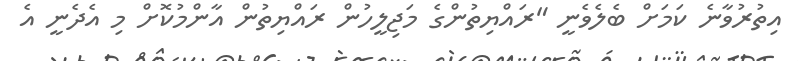
އިތުރުވާނެ ކަމަށް ބެލެވެނީ "ރައްޔިތުންގެ މަޖިލީހުން ރައްޔިތުން އާންމުކޮށް މި އެދެނީ އެ